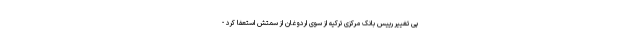
پی تغییر رییس بانک مرکزی ترکیه از سوی اردوغان از سمتش استعفا کرد -